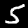
Label: 5